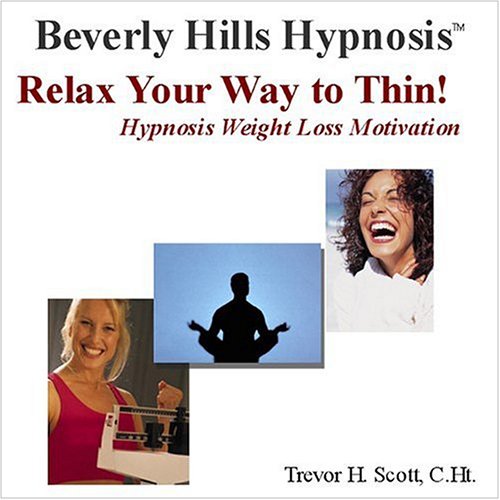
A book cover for Relax Your Way to Thin!  Hypnosis Weight Loss Motivation; Beverly Hills Hypnosis; Health, Fitness & Dieting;